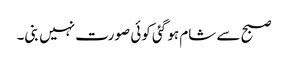
صبح سے شام ہو گئی کوئی صورت نہیں بنی۔